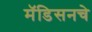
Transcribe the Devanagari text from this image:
मॅडिसनचे